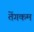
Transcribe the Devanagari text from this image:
तेंगकम